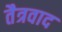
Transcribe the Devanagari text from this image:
तैत्रवाद